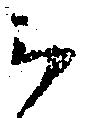
云